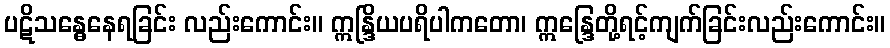
ပဋိသန္ဓေနေရခြင်း လည်းကောင်း။ ဣန္ဒြိယပရိပါကတော၊ ဣန္ဒြေတို့ရင့်ကျက်ခြင်းလည်းကောင်း။